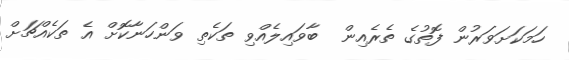
ހަމަކަށަވަރުން ފޮތުގެ ތެރެއިން  ބާވައިލެއްވި ތަކެތި ވަންހަނާކޮށް އެ ތަކެއްޗަށް